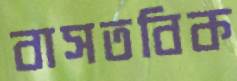
বাসতবিক